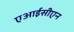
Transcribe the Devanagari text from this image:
एआईसीएन